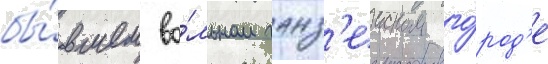
бы́вшем во́льном ганз'еиском го́род'е